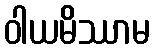
ဝါယမိဿာမ